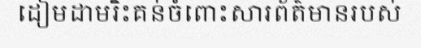
ដៀមដាមរិះគន់ចំពោះសារព័ត៌មានរបស់